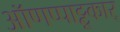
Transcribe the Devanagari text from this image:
ऑणप्पाट्टू़कार्